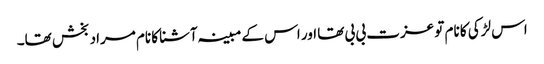
اس لڑکی کا نام تو عزت بی بی تھا اور اس کے مبینہ آشنا کا نام مراد بخش تھا۔